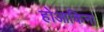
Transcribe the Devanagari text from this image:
होआकिना